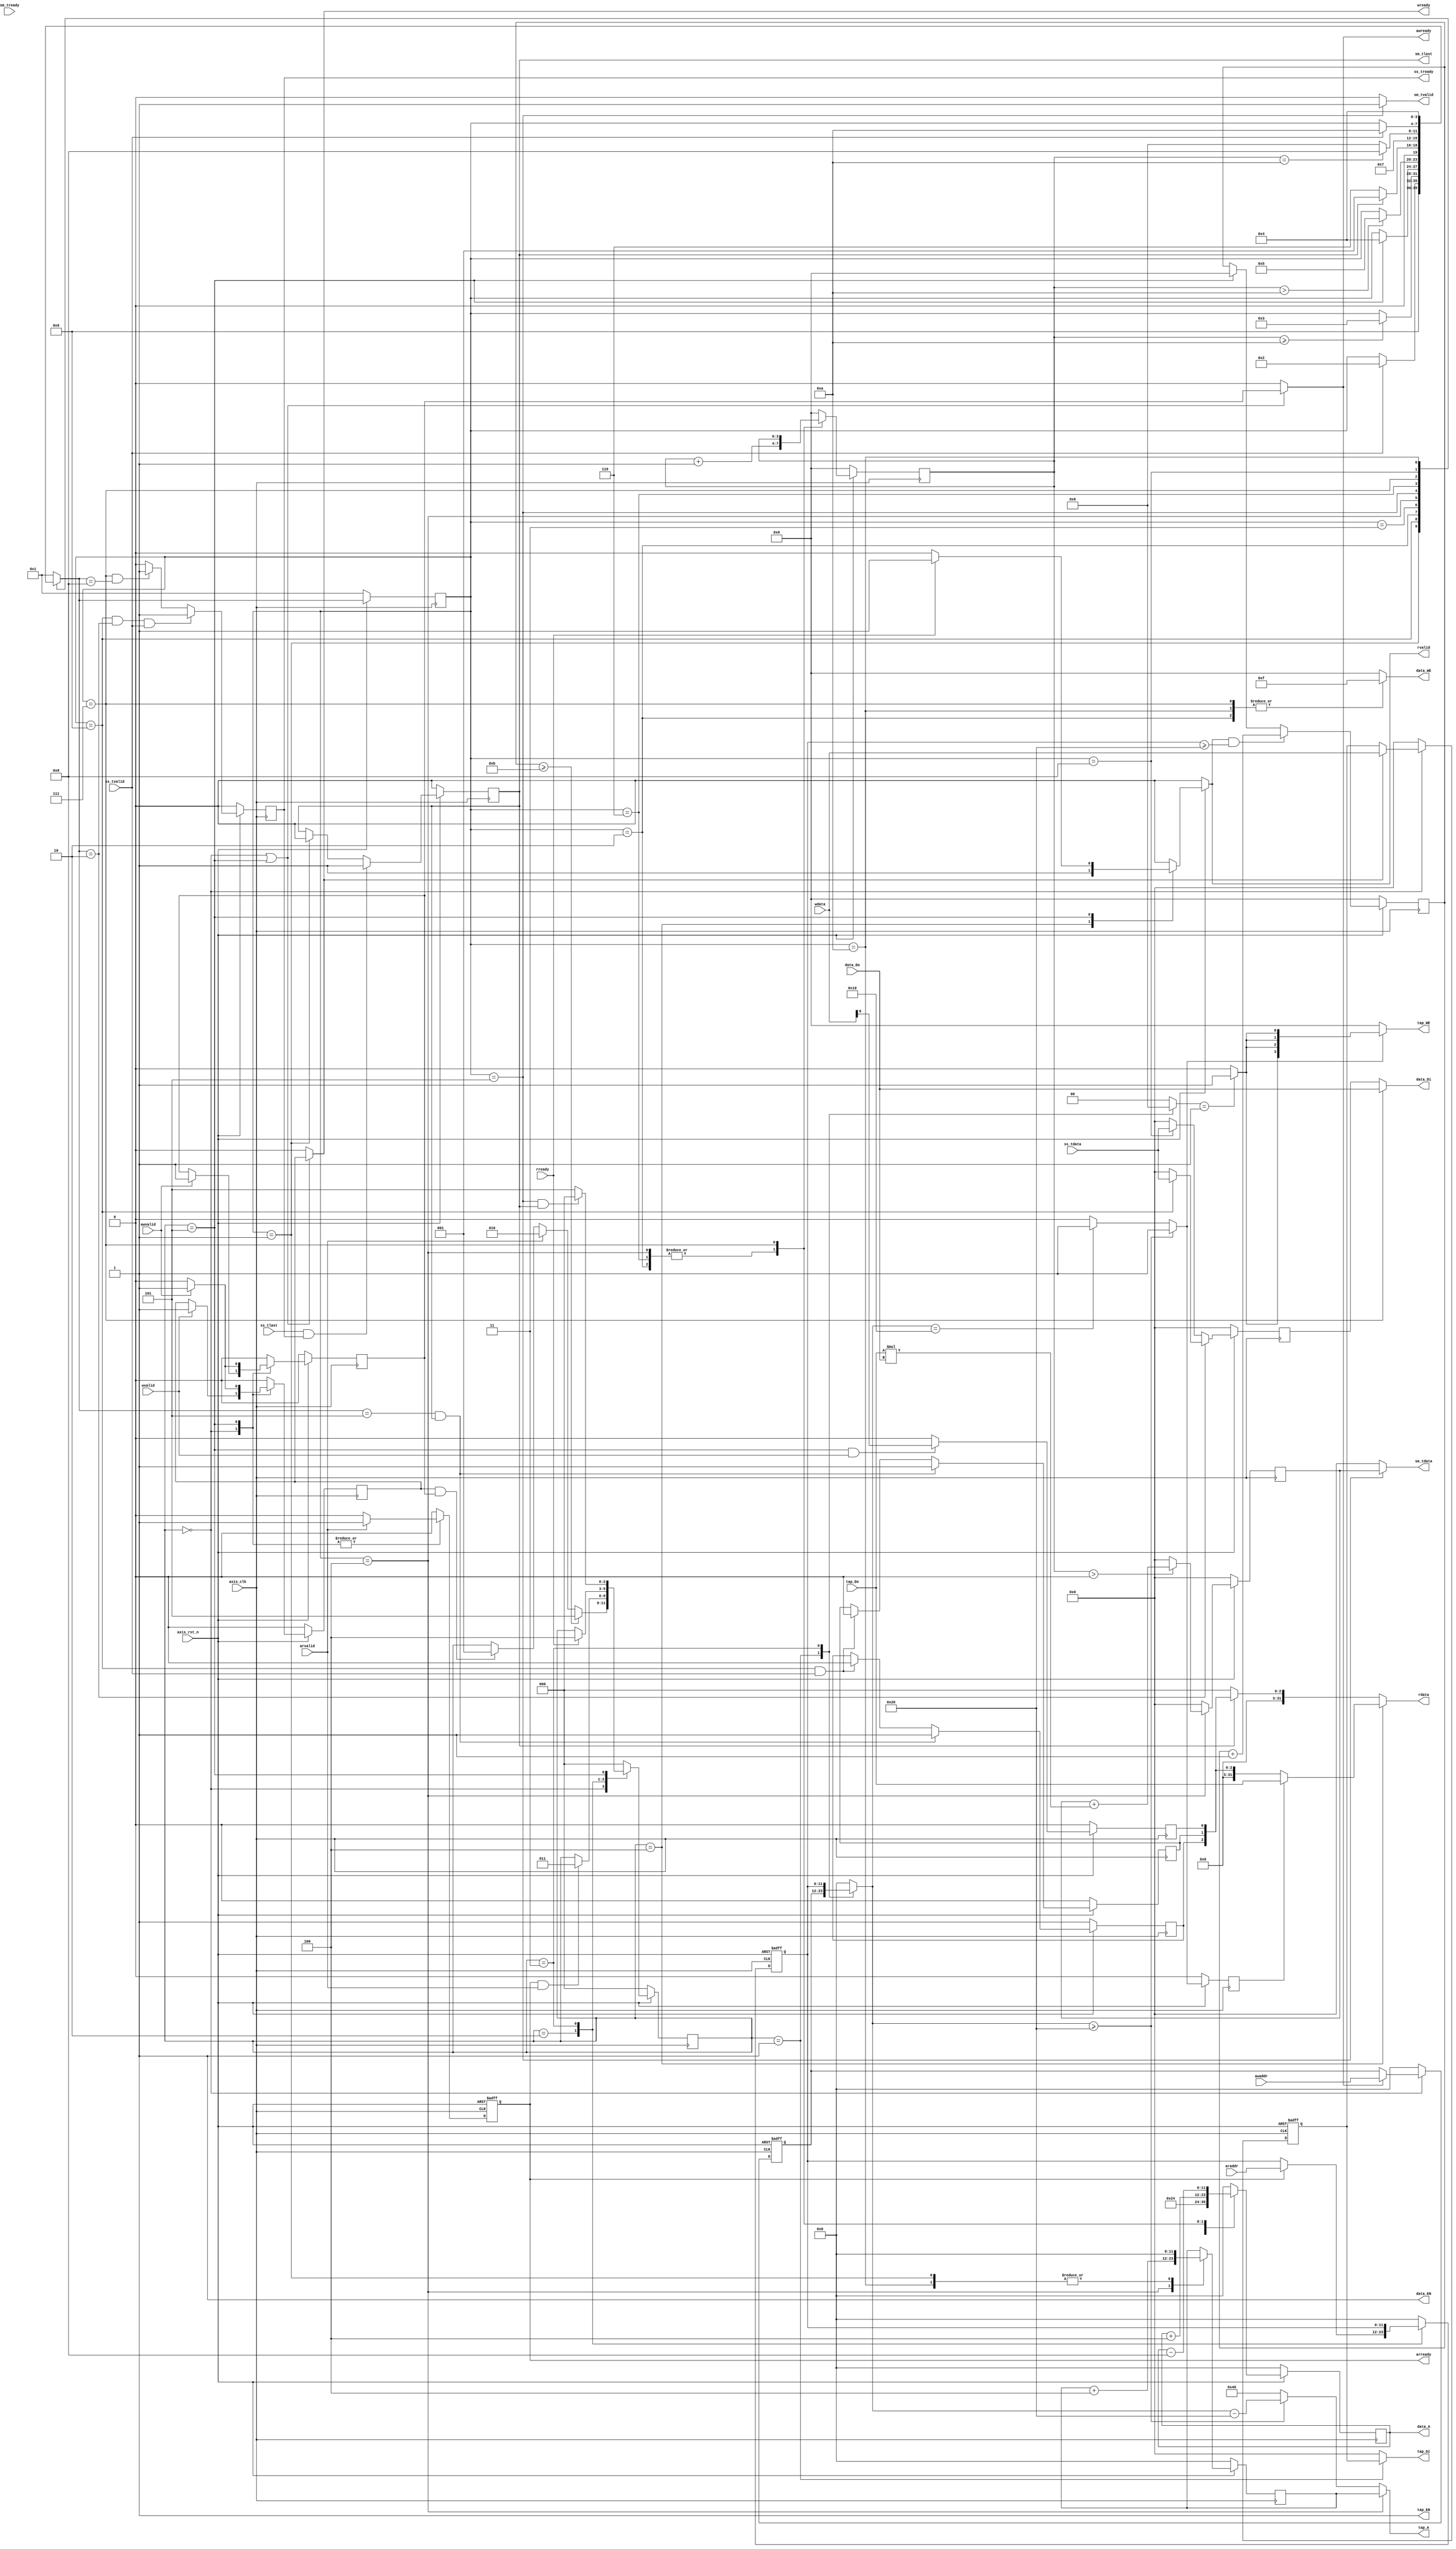
`timescale 1ns / 1ps
module fir 
#(  parameter pADDR_WIDTH = 12,
    parameter pDATA_WIDTH = 32,
    parameter Tape_Num    = 11
)
(
    //axilite interface==============================
    //write(input)--
    output  wire                     awready,
    output  wire                     wready,
    input   wire                     awvalid,
    input   wire [(pADDR_WIDTH-1):0] awaddr,
    input   wire                     wvalid,
    input   wire [(pDATA_WIDTH-1):0] wdata,
    //read(output)---
    output  wire                     arready,
    input   wire                     rready,
    input   wire                     arvalid,
    input   wire [(pADDR_WIDTH-1):0] araddr,
    output  wire                     rvalid,
    output  wire [(pDATA_WIDTH-1):0] rdata,
    //stream slave (input data)=========================
    input   wire                     ss_tvalid, 
    input   wire [(pDATA_WIDTH-1):0] ss_tdata, 
    input   wire                     ss_tlast, 
    output  wire                     ss_tready, 
    //stream master (output data)=======================
    input   wire                     sm_tready, 
    output  wire                     sm_tvalid, 
    output  wire [(pDATA_WIDTH-1):0] sm_tdata, 
    output  wire                     sm_tlast, 
    
    // bram for tap RAM
    output  wire [3:0]               tap_WE,
    output  wire                     tap_EN,
    output  wire [(pDATA_WIDTH-1):0] tap_Di,
    output  wire [(pADDR_WIDTH-1):0] tap_A,
    input   wire [(pDATA_WIDTH-1):0] tap_Do,

    // bram for data RAM
    output  wire [3:0]               data_WE,
    output  wire                     data_EN,
    output  wire [(pDATA_WIDTH-1):0] data_Di,
    output  wire [(pADDR_WIDTH-1):0] data_A,
    input   wire [(pDATA_WIDTH-1):0] data_Do,

    input   wire                     axis_clk,
    input   wire                     axis_rst_n
);

/*
Overall system design:
1. Only one multiplier and adder can be used, so if takes about 11~13(?) clk cycles to generated one output data,
2. Read and store all tap into bram. Once input data received, read all taps in the fir and store them in a tap_buffer 
   to prevent additional SRAM access.
3. After takeing about 11~13(?) clk cycles to generated one output data, axis_write outputs it. the calculation process don't need
   to wait for outputs process to finish.
*/




// =====FSM design=========== //
localparam STAT_IDLE = 3'd0;
localparam STAT_STORE_1_INPUT = 3'd1;
localparam STAT_CAL = 3'd2;
localparam STAT_FINISH = 3'd3;
reg [3-1:0]state, next_state;
// =====Axilite ctrl========= //

reg [3-1:0] cs_lite, ns_lite;
reg [4-1:0] cs_str, ns_str;
//axilite read module
reg arready_reg, rvalid_reg;
reg [(pADDR_WIDTH-1):0] araddr_buf;
//axilite write module
reg awready_reg,wready_reg;
reg [(pADDR_WIDTH-1):0] awaddr_buf;
reg [(pDATA_WIDTH-1):0] wdata_buf;
//axilite to config_ctrl module
reg [1:0] axilite_req; //(req)
reg [(pADDR_WIDTH-1):0] config_addr;
reg [(pDATA_WIDTH-1):0] w_data;
// =====Config ctrl=====//
//config_ctrl to axilite
wire [(pDATA_WIDTH-1):0] r_data;
//internal signal
reg desti; //destination 0:config_reg 1.tap_ram
reg desti_delay; //for r_data
reg W_EN; // indicate whether change the value of tap_ram or config reg
//confit ctrl to tap_ram_ctrl
wire[3:0]  config_tap_WE;
reg[(pDATA_WIDTH-1):0] config_tap_Di;
reg[(pADDR_WIDTH-1):0] config_tap_A;
reg[(pDATA_WIDTH-1):0] config_tap_Do;

//config ctrl to cfg_reg_ctrl
reg [8-1:0]config_ctrl_reg_out;
wire config_ctrl_reg_wen;
reg [8-1:0]config_ctrl_reg_in;
// =====taps_ram_ctrl======== //
reg [3:0]               tap_WE_reg;
reg [(pDATA_WIDTH-1):0] tap_Di_reg;
reg [(pADDR_WIDTH-1):0] tap_A_reg;

// data length 


reg [3:0] cnt;
reg [3:0] tap_cnt;
reg [(pADDR_WIDTH-1):0]curr_coef_addr;

wire signed[(pDATA_WIDTH-1):0] mult_coef;
wire signed[(pDATA_WIDTH-1):0] mult_din;

reg signed[(pDATA_WIDTH-1):0] fir_out;
// =====Axis-read ctrl======= //
// =====Axis-write ctrl====== //
// =====memory ctrl========== //
// =====calculation unit===== //

wire [2:0] ap_ctrl; // [0]ap_start , [1]ap_done, [2]ap_idle
reg ap_start;
reg ap_done;
reg ap_idle;
reg finish_flag;
assign ap_ctrl = {ap_idle,ap_done,ap_start};
//******************************//
// FSM                          //
//******************************//
/*
FSM design:
state
0.idle  : (1)wait for coefficients(wait for axilite arvalid), if arvalid=1 go to state 1
          (2)wait for ap_start. If ap_start is set, go to state 1.
1.store_1_input: wait for 1 data input from axis. If 1 input is received, go to state 2.
2.calculation: Do the fir calculation and output 1 data. if tlast==1 go to state 3. else go to state 1.
3.finish: send axilite signal (ap_done, ap_idle) to testbench.
*/



//******************************//
// AxiLite Controller           //
//******************************//
//=====lite fsm=====

localparam LITE_idle     = 3'd0;
localparam LITE_wfinish  = 3'd1;
localparam LITE_arready  = 3'd2;
localparam LITE_rreq     = 3'd3;
localparam LITE_read     = 3'd4;
localparam LITE_done     = 3'd5;




//stream fsm

localparam STR_IDLE = 1;
localparam STR_FIRST = 9;
localparam STR_RESET_DATARAM = 2;
localparam STR_WAIT_LITE = 3;
localparam STR_CAL = 4;
localparam STR_OUT = 5;
localparam STR_SHIFT_READ = 6;
localparam STR_SHIFT_WRITE = 7;
localparam STR_NEWIN = 8;
localparam STR_STORE = 10;

always@(posedge axis_clk) begin
    if(!axis_rst_n) ap_start <= 1'b0;
    else if(cs_lite == LITE_done && wvalid)
        ap_start <= wdata[0];
    else ap_start <= 0;
    
end

always@(posedge axis_clk) begin
    if(!axis_rst_n) ap_done <= 1'b0;
    else if(ns_str == STR_OUT && finish_flag) ap_done <= 1'b1;
    else if(cs_str == STR_FIRST && ss_tvalid) ap_done <= 1'b0;
    
end

always@(posedge axis_clk) begin
    if(!axis_rst_n) ap_idle <= 1'b1;
    else if(ns_str == STR_OUT && finish_flag) ap_idle <= 1'b1;
    else if(cs_str == STR_FIRST && ss_tvalid) ap_idle <= 1'b0;
end

always @(posedge axis_clk) begin
    if(!axis_rst_n) tap_cnt <= 0;
    else if(rvalid && araddr_buf >= 12'h020) tap_cnt <= tap_cnt+1;
    else if(cs_lite == LITE_done) tap_cnt <= 0;
end
always@(posedge axis_clk) begin
    if(!axis_rst_n)     cs_lite <= LITE_idle;
    else                cs_lite <= ns_lite;
end


always@(*) begin
    case(cs_lite)
        LITE_idle: begin
            if(tap_cnt >= Tape_Num)         ns_lite = LITE_done;
            else if(arvalid)                    ns_lite = LITE_arready;
            else if(wready_reg && awready_reg)  ns_lite = LITE_wfinish;
            else                                ns_lite = cs_lite;
        end
        LITE_wfinish:// by the time, axilite has already received awaddr and wdata 
            ns_lite = LITE_idle;
        LITE_arready: begin
            if(arready && arvalid)  ns_lite = LITE_rreq;
            else                    ns_lite = cs_lite;
        end
        LITE_rreq: begin
            if(rready)  ns_lite = LITE_read;
            else        ns_lite = cs_lite;
        end
        LITE_read:      ns_lite = LITE_idle;
        LITE_done:  if(cs_str == STR_OUT && finish_flag) ns_lite = LITE_idle;      
                    else ns_lite = LITE_done;
        default:        ns_lite = LITE_idle;
    endcase
end


//===axilite_to_config===
always@(*) begin
    case(cs_lite)
        LITE_wfinish:   config_addr = awaddr_buf; // for write
        LITE_rreq:      config_addr = araddr_buf;
        default:        config_addr = 12'd0; // addr not being used
    endcase
end
always@(*)  begin
    case(cs_lite)
        LITE_wfinish:   axilite_req = 2'd1; //write
        LITE_rreq:      axilite_req = 2'd2;
        default:        axilite_req = 2'd0; // no operation
    endcase
end

always@(*)  begin
    case(cs_lite)
        LITE_wfinish:   w_data = wdata_buf;
        default:        w_data = {pDATA_WIDTH{1'b0}};
    endcase
end



//===lite_write=====

assign awready = (cs_lite == LITE_idle || cs_lite == LITE_done)? awready_reg : 1'b0;
assign wready =  (cs_lite == LITE_idle || cs_lite == LITE_done)? wready_reg : 1'b0;

//hand shake block 

always@(posedge axis_clk) begin
    if(!axis_rst_n) awready_reg <= 1'b0;
    else begin
        case(cs_lite)
            LITE_idle: begin
                if(awvalid) awready_reg <= 1'b1;
                else        awready_reg <= awready_reg;
            end
            LITE_done: begin
                if(awvalid) awready_reg <= 1'b1;
                else        awready_reg <= 0;
            end
            default:        awready_reg <= 1'b0;
        endcase
    end
end
always@(posedge axis_clk) begin
    if(!axis_rst_n) wready_reg <=1'b0;
    else begin
        case(cs_lite)
            LITE_idle: begin
                if(wvalid)  wready_reg <= 1'b1;
                else        wready_reg <= wready_reg;
            end
            LITE_done: begin
                if(awvalid) wready_reg <= 1'b1;
                else        wready_reg <= 0;
            end
            default:        wready_reg <= 1'b0;
        endcase
    end
end


//data_addr block
always@(posedge axis_clk or negedge axis_rst_n)
    if(!axis_rst_n)
        awaddr_buf <= {pADDR_WIDTH{1'b0}};
    else
        case(cs_lite)
            LITE_idle:
                if(awready) awaddr_buf <= awaddr;
                else        awaddr_buf <= awaddr_buf;
            LITE_wfinish:
                // clean the buffer
                awaddr_buf <= {pADDR_WIDTH{1'b0}};
            default:
                awaddr_buf <= {pADDR_WIDTH{1'b0}};
        endcase
always@(posedge axis_clk or negedge axis_rst_n) begin
    if(!axis_rst_n)
        wdata_buf <= {pDATA_WIDTH{1'b0}};
    else
        case(cs_lite)
            LITE_idle:
                if(wready)
                    wdata_buf <= wdata;
                else
                    wdata_buf <= wdata_buf;
            LITE_wfinish:
                // clean the buffer
                wdata_buf <= {pDATA_WIDTH{1'b0}};
            default:
                wdata_buf <= {pDATA_WIDTH{1'b0}};
        endcase
end


//===lite_read======
//wiring

assign arready = arready_reg;
assign rvalid = rvalid_reg;

// handshake block
always@(posedge axis_clk or negedge axis_rst_n)
    if(~axis_rst_n)
        arready_reg <= 1'b0;
    else
        case(cs_lite)
            LITE_idle:
                if(arvalid)
                    arready_reg <= 1'b1;
                else
                    arready_reg <= 1'b0;
            LITE_done:
                if(arvalid)
                    arready_reg <= 1'b1;
                else 
                    arready_reg <=1'b0;
            default:
                arready_reg <= 1'b0;
        endcase
always@(*)
    if(~axis_rst_n)
        rvalid_reg = 1'b0;
    else begin
        case(cs_lite)
            LITE_read:
                rvalid_reg=1'b1;
            LITE_done: 
                if(rready) rvalid_reg = 1'b1; 
                else rvalid_reg = 1'b0;
            default:
                rvalid_reg=1'b0;
        endcase
    end
// data_addr block
always@(posedge axis_clk or negedge axis_rst_n) begin
    if(~axis_rst_n)
        araddr_buf <= {pADDR_WIDTH{1'b0}};
    else begin
        case(cs_lite)
            LITE_arready: begin
                if(arready)     araddr_buf <= araddr;
                else            araddr_buf <= araddr_buf;
            end
            LITE_rreq:          araddr_buf <= araddr_buf;
            LITE_read:          araddr_buf <= {pADDR_WIDTH{1'b0}};
            default:            araddr_buf <= {pADDR_WIDTH{1'b0}};
        endcase
    end
end

assign rdata = (cs_lite == LITE_read)?  r_data: (finish_flag? {ap_ctrl} : {pDATA_WIDTH{1'b0}}); // sent finish config
//******************************//
//Config ctrl                   //
//******************************//
//===internal signal=======
//desti
always@(*) begin
    if(config_addr >= 12'h20)// taps
        desti = 1;
    else if(config_addr == 12'h10)// d_length(taps)
        desti = 1;
    else// config reg
        desti = 0;
end
always@(posedge axis_clk) begin
    if(!axis_rst_n) desti_delay <= 1'b0;
    else            desti_delay <= desti;
end
//W_EN (write or not)
always@(*) begin
    case(axilite_req)
        2'b01:      W_EN = 1'b1;//write
        default:    W_EN = 1'b0;
    endcase
end
//===destination: tap_ram====
//config_tap_A
always@(*) begin
    if(cs_str == STR_CAL) begin
        config_tap_A = curr_coef_addr;
    end
    else if(config_addr >= 12'h20)
        config_tap_A = config_addr - 12'h20; //transform to tap_addr
    else if(config_addr == 12'h10)// d_length
        config_tap_A = 12'h10<<2;
    else
        config_tap_A = 12'h10<<2;
end
//config_tap_WE
assign config_tap_WE = (desti)? {4{W_EN}} : 4'd0;
//config_tap_Di
always@(*)  config_tap_Di = w_data;
always@(*)  config_tap_Do = tap_Do;
  
//===destination: config_reg====
//config_ctrl_reg_in
always@(*) config_ctrl_reg_in = w_data;
//config_ctrl_reg_wen
assign config_ctrl_reg_wen = (desti == 0)? W_EN:1'b0;
//config_ctrl_reg_out
    //(cfg_reg_ctrl)7

//===config_ctrl to axilite
//rdata
assign r_data = (desti_delay)?config_tap_Do:ap_ctrl; //config_ctrl_reg_out 


//******************************//
// taps_ram_ctrl                //
//******************************//
assign tap_WE = tap_WE_reg;
assign tap_Di = tap_Di_reg;
assign tap_A = tap_A_reg;
assign tap_EN = 1'b1;
always @(*) begin
    tap_WE_reg = config_tap_WE;
    tap_A_reg = config_tap_A;
    tap_Di_reg = config_tap_Di;
end
//test

// data (stream in, stream out, store in shift data ram )

always@(posedge axis_clk) begin
    if(!axis_rst_n)     cs_str <= STR_IDLE;
    else                cs_str <= ns_str;
end
always@(*) begin
    case(cs_str)
        STR_IDLE: ns_str = STR_FIRST;
        STR_FIRST: 
            if(ss_tvalid) ns_str = STR_RESET_DATARAM;
            else ns_str = cs_str;
        STR_RESET_DATARAM: begin
            if(cnt >= 10) ns_str = STR_WAIT_LITE;
            else ns_str = cs_str;
        end
        STR_WAIT_LITE: begin 
            if(cs_lite == LITE_done) ns_str = STR_CAL;
            else ns_str = cs_str;
        end
        STR_CAL: 
            if(cnt > 10) ns_str = STR_OUT; 
            else ns_str = cs_str;
        STR_OUT:    if(finish_flag) ns_str = STR_IDLE;
                    else ns_str = STR_SHIFT_READ;
        STR_SHIFT_READ: ns_str = STR_SHIFT_WRITE;
        STR_SHIFT_WRITE: 
            if(cnt == 10) ns_str = STR_NEWIN;
            else ns_str = STR_SHIFT_READ;
        STR_NEWIN: 
            if(ss_tvalid) ns_str = STR_STORE;
            else ns_str = cs_str;
        STR_STORE: ns_str = STR_CAL;
        default : ns_str = STR_IDLE;
    endcase
end



reg [3:0]               data_wen;
wire                     data_enable;
reg [(pDATA_WIDTH-1):0] data_in_reg;
wire [(pADDR_WIDTH-1):0] data_addr;
reg [(pADDR_WIDTH-1):0] data_addr_reg;


assign data_enable = 1;
assign data_addr = data_addr_reg;


assign data_WE = data_wen;
assign data_EN = data_enable;
assign data_Di = ((cs_str == STR_SHIFT_WRITE)? data_Do : data_in_reg);
assign data_A = data_addr;

always@(posedge axis_clk) begin
    if(!axis_rst_n) cnt <= 0;
    else begin
        case(cs_str)
            STR_RESET_DATARAM: cnt <= cnt + 1;
            STR_CAL: cnt <= cnt + 1;
            STR_OUT: cnt <= 0;
            STR_SHIFT_READ: cnt <= cnt + 1;
            STR_SHIFT_WRITE: cnt <= cnt ;
            default: cnt <= 0;
        endcase
    end
end
reg ss_tready_reg;
always @(posedge axis_clk) begin
    if(!axis_rst_n) ss_tready_reg <= 0;
    else if(cs_str == STR_FIRST && ns_str == STR_RESET_DATARAM &&  ss_tvalid == 1) ss_tready_reg <= 1;
    else if(cs_str == STR_SHIFT_WRITE && ns_str == STR_NEWIN) ss_tready_reg <= 1;
    else ss_tready_reg <= 0;
end

assign ss_tready = ss_tready_reg;
always @(*) begin
    case(cs_str)
        STR_RESET_DATARAM: data_wen = 4'b1111;
        STR_SHIFT_WRITE: data_wen =4'b1111;
        STR_STORE: data_wen = 4'b1111;
        default: data_wen = 4'b0000;
    endcase
end
always @(posedge axis_clk) begin
    if(!axis_rst_n) data_addr_reg <= 0;
    else begin  
        case(cs_str)
            STR_RESET_DATARAM: data_addr_reg <= data_addr_reg + 4;
            STR_WAIT_LITE: data_addr_reg <= 12'h000;
            STR_CAL: data_addr_reg <= data_addr_reg + 4;
            STR_OUT: data_addr_reg <= 12'h024;
            STR_SHIFT_READ: data_addr_reg <= data_addr_reg + 4; 
            STR_SHIFT_WRITE: data_addr_reg <= data_addr_reg - 8; 
            STR_NEWIN: data_addr_reg <= 0;
            STR_STORE: data_addr_reg <= 12'h000;
            default: data_addr_reg <= 0;
        endcase
    end

end


always @(posedge axis_clk) begin
    if(!axis_rst_n) data_in_reg <= 0;
    else if(ns_str == STR_RESET_DATARAM) begin
        if(cs_str == STR_FIRST) data_in_reg <= ss_tdata;
        else data_in_reg <= 0;
        // else data_in_reg <= cnt; // only for test
    end
    else if(cs_str == STR_NEWIN)
        data_in_reg <= ss_tdata;
    else 
        data_in_reg <= 0;
    
end


always @(posedge axis_clk) begin
    if(!axis_rst_n) curr_coef_addr <= 0;
    else begin
        case(cs_str)
            STR_IDLE: curr_coef_addr <= 0;
            STR_CAL:  curr_coef_addr <= curr_coef_addr + 4;
            STR_STORE: curr_coef_addr <= 0;
        endcase
    end
end



assign mult_coef = tap_Do;
assign mult_din = data_Do;

always @(posedge axis_clk) begin
    if(!axis_rst_n) fir_out <= 0;
    else begin
        case(cs_str)
            STR_CAL: 
                if(cnt > 0) fir_out <= fir_out + mult_coef * mult_din;
                else fir_out <= 0;
            STR_OUT: fir_out <= 0;
            STR_SHIFT_READ: fir_out <= 0;
            default: fir_out <= 0;
        endcase
    end
end

always @(posedge axis_clk) begin
    if(!axis_rst_n) finish_flag <= 0;
    else if(ss_tlast && ss_tready) finish_flag <= 1;
    else if(cs_str == STR_IDLE) finish_flag <= 0;
end


assign sm_tvalid = (cs_str == STR_OUT)? 1: 0;
assign sm_tdata = (cs_str == STR_OUT)? fir_out:0;
assign sm_tlast = finish_flag;
endmodule